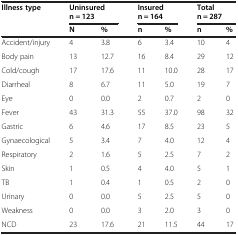
<table><thead><tr><td><b>Illness type</b></td><td colspan="2"><b>Uninsured n = 123</b></td><td colspan="2"><b>Insured n = 164</b></td><td colspan="2"><b>Total n = 287</b></td></tr><tr><td><b> </b></td><td><b>N</b></td><td><b>%</b></td><td><b>n</b></td><td><b>%</b></td><td><b>n</b></td><td><b>%</b></td></tr></thead><tbody><tr><td>Accident/injury</td><td>4</td><td>3.8</td><td>6</td><td>3.4</td><td>10</td><td>4</td></tr><tr><td>Body pain</td><td>13</td><td>12.7</td><td>16</td><td>8.4</td><td>29</td><td>12</td></tr><tr><td>Cold/cough</td><td>17</td><td>17.6</td><td>11</td><td>10.0</td><td>28</td><td>17</td></tr><tr><td>Diarrheal</td><td>8</td><td>6.7</td><td>11</td><td>5.0</td><td>19</td><td>7</td></tr><tr><td>Eye</td><td>0</td><td>0.0</td><td>2</td><td>0.7</td><td>2</td><td>0</td></tr><tr><td>Fever</td><td>43</td><td>31.3</td><td>55</td><td>37.0</td><td>98</td><td>32</td></tr><tr><td>Gastric</td><td>6</td><td>4.6</td><td>17</td><td>8.5</td><td>23</td><td>5</td></tr><tr><td>Gynaecological</td><td>5</td><td>3.4</td><td>7</td><td>4.0</td><td>12</td><td>4</td></tr><tr><td>Respiratory</td><td>2</td><td>1.6</td><td>5</td><td>2.5</td><td>7</td><td>2</td></tr><tr><td>Skin</td><td>1</td><td>0.5</td><td>4</td><td>4.0</td><td>5</td><td>1</td></tr><tr><td>TB</td><td>1</td><td>0.4</td><td>1</td><td>0.5</td><td>2</td><td>0</td></tr><tr><td>Urinary</td><td>0</td><td>0.0</td><td>5</td><td>2.5</td><td>5</td><td>0</td></tr><tr><td>Weakness</td><td>0</td><td>0.0</td><td>3</td><td>2.0</td><td>3</td><td>0</td></tr><tr><td>NCD</td><td>23</td><td>17.6</td><td>21</td><td>11.5</td><td>44</td><td>17</td></tr></tbody></table>